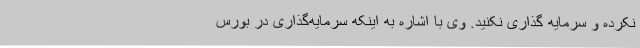
نکرده و سرمایه گذاری نکنید. وی با اشاره به اینکه سرمایه‌گذاری در بورس